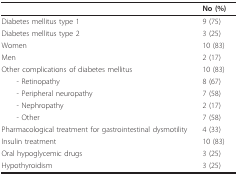
<table><thead><tr><td></td><td><b>No (%)</b></td></tr></thead><tbody><tr><td>Diabetes mellitus type 1</td><td>9 (75)</td></tr><tr><td>Diabetes mellitus type 2</td><td>3 (25)</td></tr><tr><td>Women</td><td>10 (83)</td></tr><tr><td>Men</td><td>2 (17)</td></tr><tr><td>Other complications of diabetes mellitus</td><td>10 (83)</td></tr><tr><td> - Retinopathy</td><td>8 (67)</td></tr><tr><td> - Peripheral neuropathy</td><td>7 (58)</td></tr><tr><td> - Nephropathy</td><td>2 (17)</td></tr><tr><td> - Other</td><td>7 (58)</td></tr><tr><td>Pharmacological treatment for gastrointestinal dysmotility</td><td>4 (33)</td></tr><tr><td>Insulin treatment</td><td>10 (83)</td></tr><tr><td>Oral hypoglycemic drugs</td><td>3 (25)</td></tr><tr><td>Hypothyroidism</td><td>3 (25)</td></tr></tbody></table>